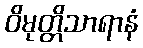
ဝိမုတ္တိသာရာနံ